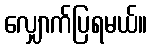
လျှောက်ပြရမယ်။